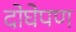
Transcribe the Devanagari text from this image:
दोघेपण